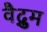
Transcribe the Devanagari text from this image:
वैद्रुम